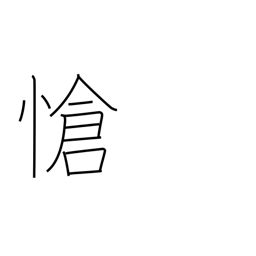
Meaning: pathetic